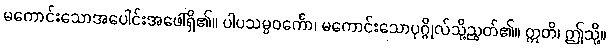
မကောင်းသောအပေါင်းအဖေါ်ရှိ၏။ ပါပသမ္ပဝင်္ကော၊ မကောင်းသောပုဂ္ဂိုလ်သို့ညွတ်၏။ ဣတိ၊ ဤသို့။